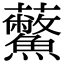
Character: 𧆊